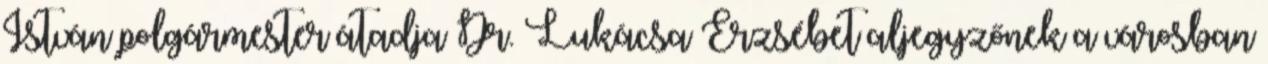
István polgármester átadja Dr. Lukácsa Erzsébet aljegyzőnek a városban